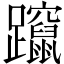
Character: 躥